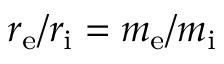
r _ { \mathrm { e } } / r _ { \mathrm { i } } = m _ { \mathrm { e } } / m _ { \mathrm { i } }